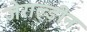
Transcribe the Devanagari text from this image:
जेराल्डीन